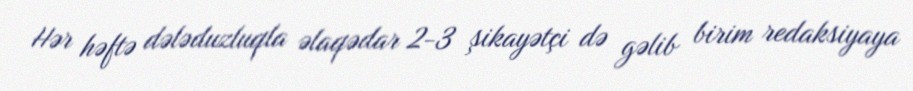
Hər həftə dələduzluqla əlaqədar 2-3 şikayətçi də gəlib birim redaksiyaya